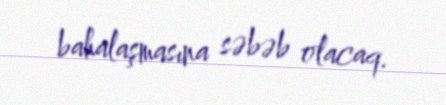
bahalaşmasına səbəb olacaq.